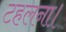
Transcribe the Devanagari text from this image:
टहलना।